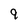
Character: 9